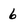
Character: 6